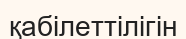
қабілеттілігін